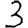
Digit: 3